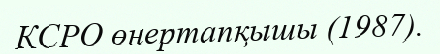
КСРО өнертапқышы (1987).